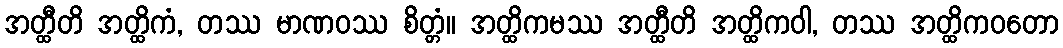
အတ္ထီတိ အတ္ထိကံ, တဿ မာဏဝဿ စိတ္တံ။ အတ္ထိကမဿ အတ္ထီတိ အတ္ထိကဝါ, တဿ အတ္ထိကဝတော